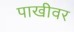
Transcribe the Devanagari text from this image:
पाखीवर